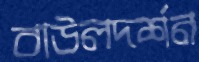
বাউলদর্শন